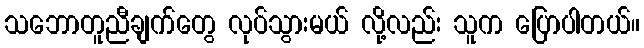
သဘောတူညီချက်တွေ လုပ်သွားမယ် လို့လည်း သူက ပြောပါတယ်။